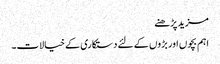
مزید پڑھنے
اہم بچوں اور بڑوں کے لئے دستکاری کے خیالات۔